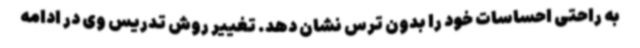
به راحتی احساسات خود را بدون ترس نشان دهد. تغییر روش تدریس وی در ادامه